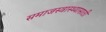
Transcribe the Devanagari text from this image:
समाजस्वास्थ्यासाठी